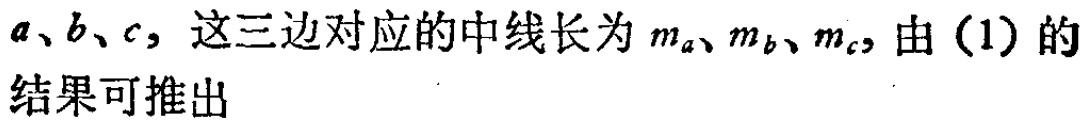
$a、b、c,$ 这三边对应的中线长为 $m_a、m_b、m_c,$ 由 $(1)$ 的结果可推出